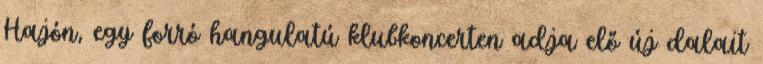
Hajón, egy forró hangulatú klubkoncerten adja elő új dalait